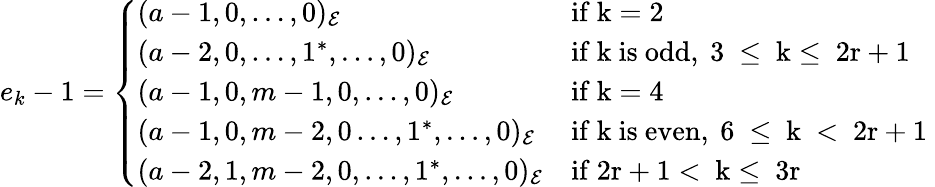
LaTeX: e_{k}-1=\left\{ \begin{array}{ll}{(a-1,0,\ldots,0)_{\mathcal{E}}}&{\mathrm{if~k=2~}}\\ {(a-2,0,\ldots,1^{*},\ldots,0)_{\mathcal{E}}}&{\mathrm{if~k~is~odd,~3~\leq~k\leq~2r+1~}}\\ {(a-1,0,m-1,0,\ldots,0)_{\mathcal{E}}}&{\mathrm{if~k=4~}}\\ {(a-1,0,m-2,0\ldots,1^{*},\ldots,0)_{\mathcal{E}}}&{\mathrm{if~k~is~even,~6~\leq~k~<~2r+1~}}\\ {(a-2,1,m-2,0,\ldots,1^{*},\ldots,0)_{\mathcal{E}}}&{\mathrm{if~2r+1<~k\leq~3r~}}\end{array}\right.